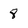
Character: 8